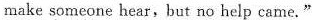
make someone hear,but no help came."